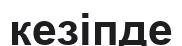
кезіпде